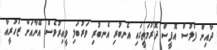
ދާއިން ފުލުސް އޮފީސް ދޮރުމަތީގައި އެނބުރި އެނބުރި ވަރުބަލި ވީއިރުވެސް އޭނާއަށް ޒުހުރީއާ